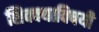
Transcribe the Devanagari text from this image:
शिक्क्याविषयी